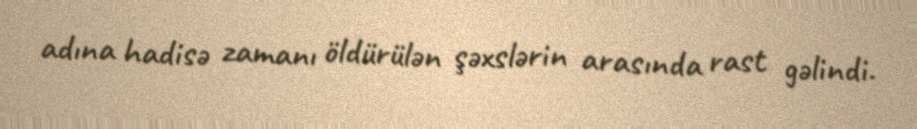
adına hadisə zamanı öldürülən şəxslərin arasında rast gəlindi.